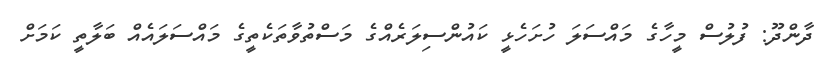
ދާންދޫ: ފުލުސް މީހާގެ މައްސަލަ ހުށަހެޅީ ކައުންސިލަރެއްގެ މަސްތުވާތަކެތީގެ މައްސަލައެއް ބަލާތީ ކަމަށް